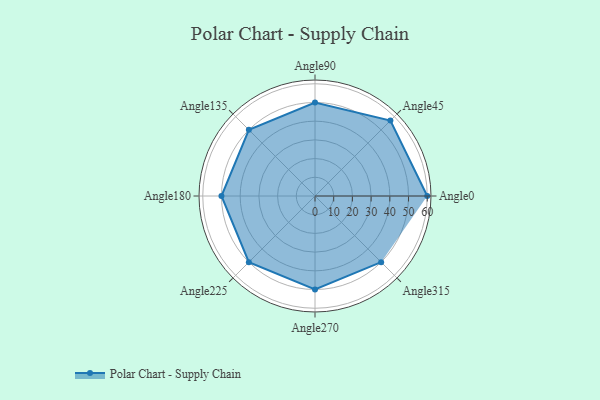
{"axis": {"x": "Angle", "y": "Radius"}, "legend": [""], "data": [{"x": "Angle0", "y": 60.0, "type": ""}, {"x": "Angle45", "y": 57.0, "type": ""}, {"x": "Angle90", "y": 50, "type": ""}, {"x": "Angle135", "y": 50, "type": ""}, {"x": "Angle180", "y": 50, "type": ""}, {"x": "Angle225", "y": 50, "type": ""}, {"x": "Angle270", "y": 50, "type": ""}, {"x": "Angle315", "y": 50, "type": ""}]}